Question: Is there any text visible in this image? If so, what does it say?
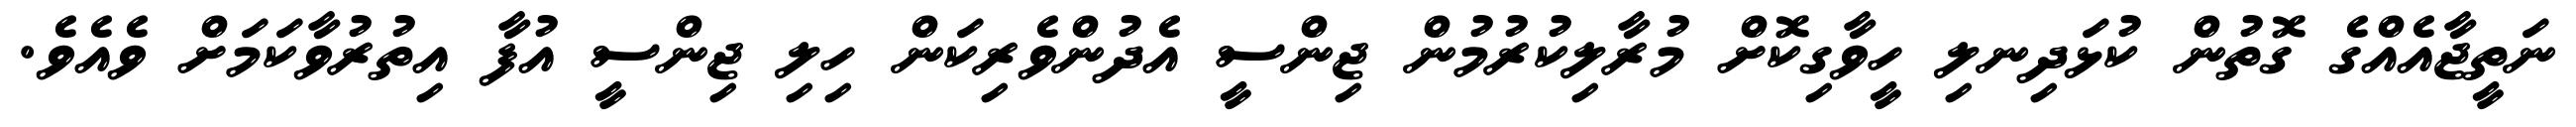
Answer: ނަތީޖާއެއްގެ ގޮތުން ކުޅަދިނލި ހީވާގިކޮށް މުރާލިކުރުމުން ޖިންސީ އެދުންވެރިކަން ހިލި ޖިންސީ އުފާ އިތުރުވާކަމަށް ވެއެވެ.